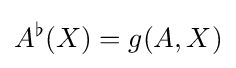
A^{\flat }(X)=g(A,X)